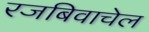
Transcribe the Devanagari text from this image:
रजबिवाचेल